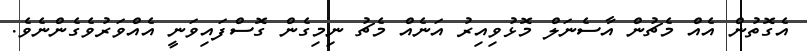
އެގޮތުން އެއް މެޗުން އާސެނަލް މޮޅުވިއިރު އަނެއް މެޗު ނިމިގެން ގޮސްފައިވަނީ އެއްވަރުވެގެންނެވެ.